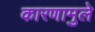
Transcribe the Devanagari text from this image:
कारणामुले